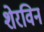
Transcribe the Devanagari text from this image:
शेरविन